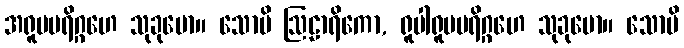
အရူပပရိဂ္ဂဟေ သုခုမော။ သောပိ ဩဠာရိကော, ရူပါရူပပရိဂ္ဂဟေ သုခုမော။ သောပိ